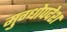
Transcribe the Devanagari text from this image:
मुग्धोपदेश